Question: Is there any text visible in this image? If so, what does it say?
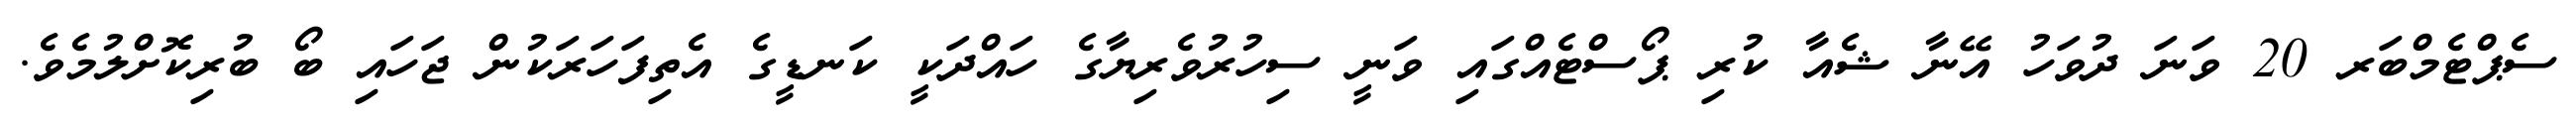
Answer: ސެޕްޓެމްބަރ 20 ވަނަ ދުވަހު އޭނާ ޝެއާ ކުރި ޕޯސްޓެއްގައި ވަނީ ސިހުރުވެރިޔާގެ ހައްދަކީ ކަނޑީގެ އެތިފަހަރަކުން ޖަހައި ބޯ ބުރިކޮށްލުމެވެ.